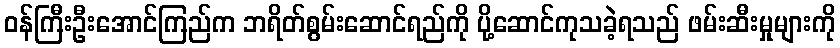
ဝန်ကြီးဦးအောင်ကြည်က ဘရိတ်စွမ်းဆောင်ရည်ကို ပို့ဆောင်ကုသခဲ့ရသည် ဖမ်းဆီးမှုများကို